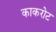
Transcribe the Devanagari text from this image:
काकरोट